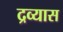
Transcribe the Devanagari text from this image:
द्रव्यास